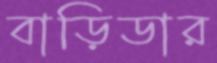
বাড়িডার